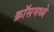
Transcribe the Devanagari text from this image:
क्रॉसमध्ये